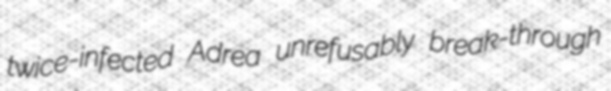
twice-infected Adrea unrefusably break-through